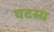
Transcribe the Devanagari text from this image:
वटस्य